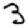
Digit: 3